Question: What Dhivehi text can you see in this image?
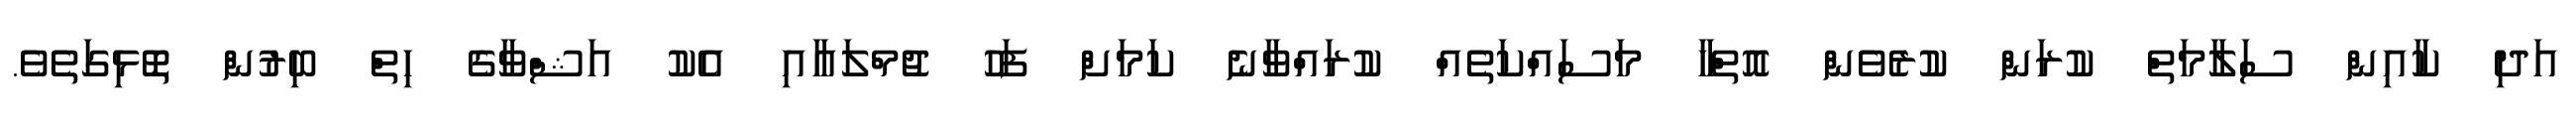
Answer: އަދި ކާއިން ސަލާމަތް ކުރަން ކުރެވެން އޮތްހާ މަސައްކަތެއް ކުރައްވާނެ ކަމަށް ފަހު ޖުމްލައާއި އެކު އަޝްވާގެ ހިތް ބިރުން ތޮޅިގަތެވެ.